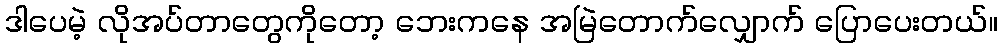
ဒါပေမဲ့ လိုအပ်တာတွေကိုတော့ ဘေးကနေ အမြဲတောက်လျှောက် ပြောပေးတယ်။